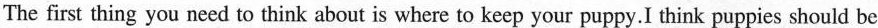
The first thing you need to think about is where to keep your puppy.I think puppies should be